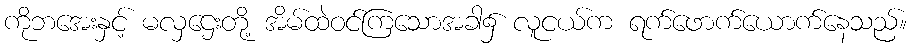
ကိုဘအေးနှင့် မလှဌေးတို့ အိမ်ထဲဝင်ကြသောအခါ၌ လူငယ်က ရက်ဖောက်ယောက်နေသည်။